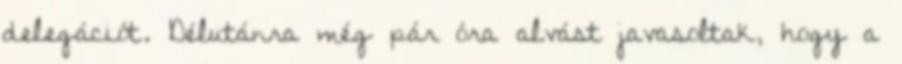
delegációt. Délutánra még pár óra alvást javasoltak, hogy a